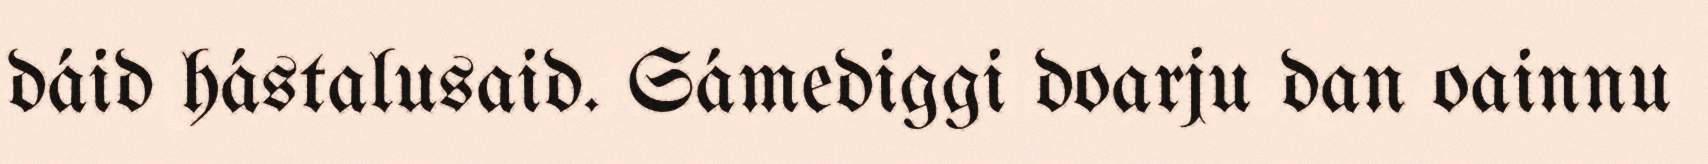
dáid hástalusaid. Sámediggi doarju dan oainnu